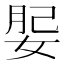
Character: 𡝑